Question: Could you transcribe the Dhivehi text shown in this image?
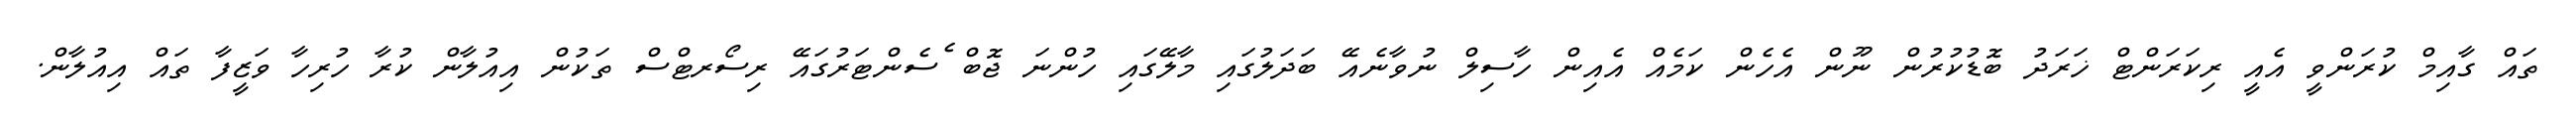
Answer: ތައް ގާއިމް ކުރަންވީ އެއީ ރިކަރަންޓް ޚަރަދު ބޮޑުކުރުން ނޫން އެހެން ކަމެއް އެއިން ހާސިލް ނުވާނެއޭ ބަދަލުގައި މާލޭގައި ހުންނަ ޖޮބް ެސެންޓަރުގައޭ ރިސޯރޓްސް ތަކުން އިއުލާން ކުރާ ހުރިހާ ވަޒީފާ ތައް އިއުލާން.